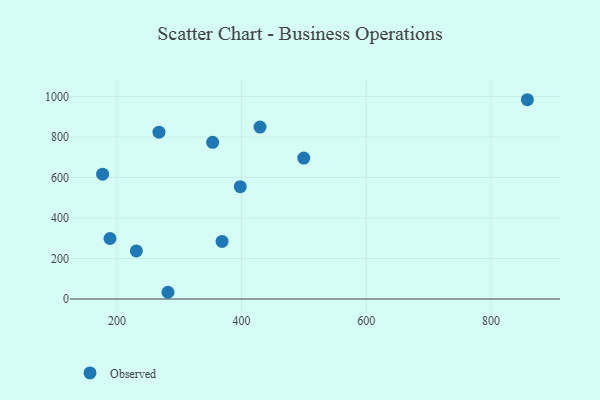
{"axis": {"x": "Price", "y": "Fuel Efficiency"}, "legend": ["Observed"], "data": [{"x": "353.6", "y": 773.6, "type": "Observed"}, {"x": "231.2", "y": 237.1, "type": "Observed"}, {"x": "397.9", "y": 554.4, "type": "Observed"}, {"x": "499.8", "y": 695.5, "type": "Observed"}, {"x": "267.5", "y": 823.4, "type": "Observed"}, {"x": "188.9", "y": 298.7, "type": "Observed"}, {"x": "858.5", "y": 983.7, "type": "Observed"}, {"x": "281.9", "y": 33.2, "type": "Observed"}, {"x": "429.6", "y": 848.8, "type": "Observed"}, {"x": "368.7", "y": 284.3, "type": "Observed"}, {"x": "177.1", "y": 616.1, "type": "Observed"}]}